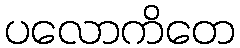
ပလောကိတေ